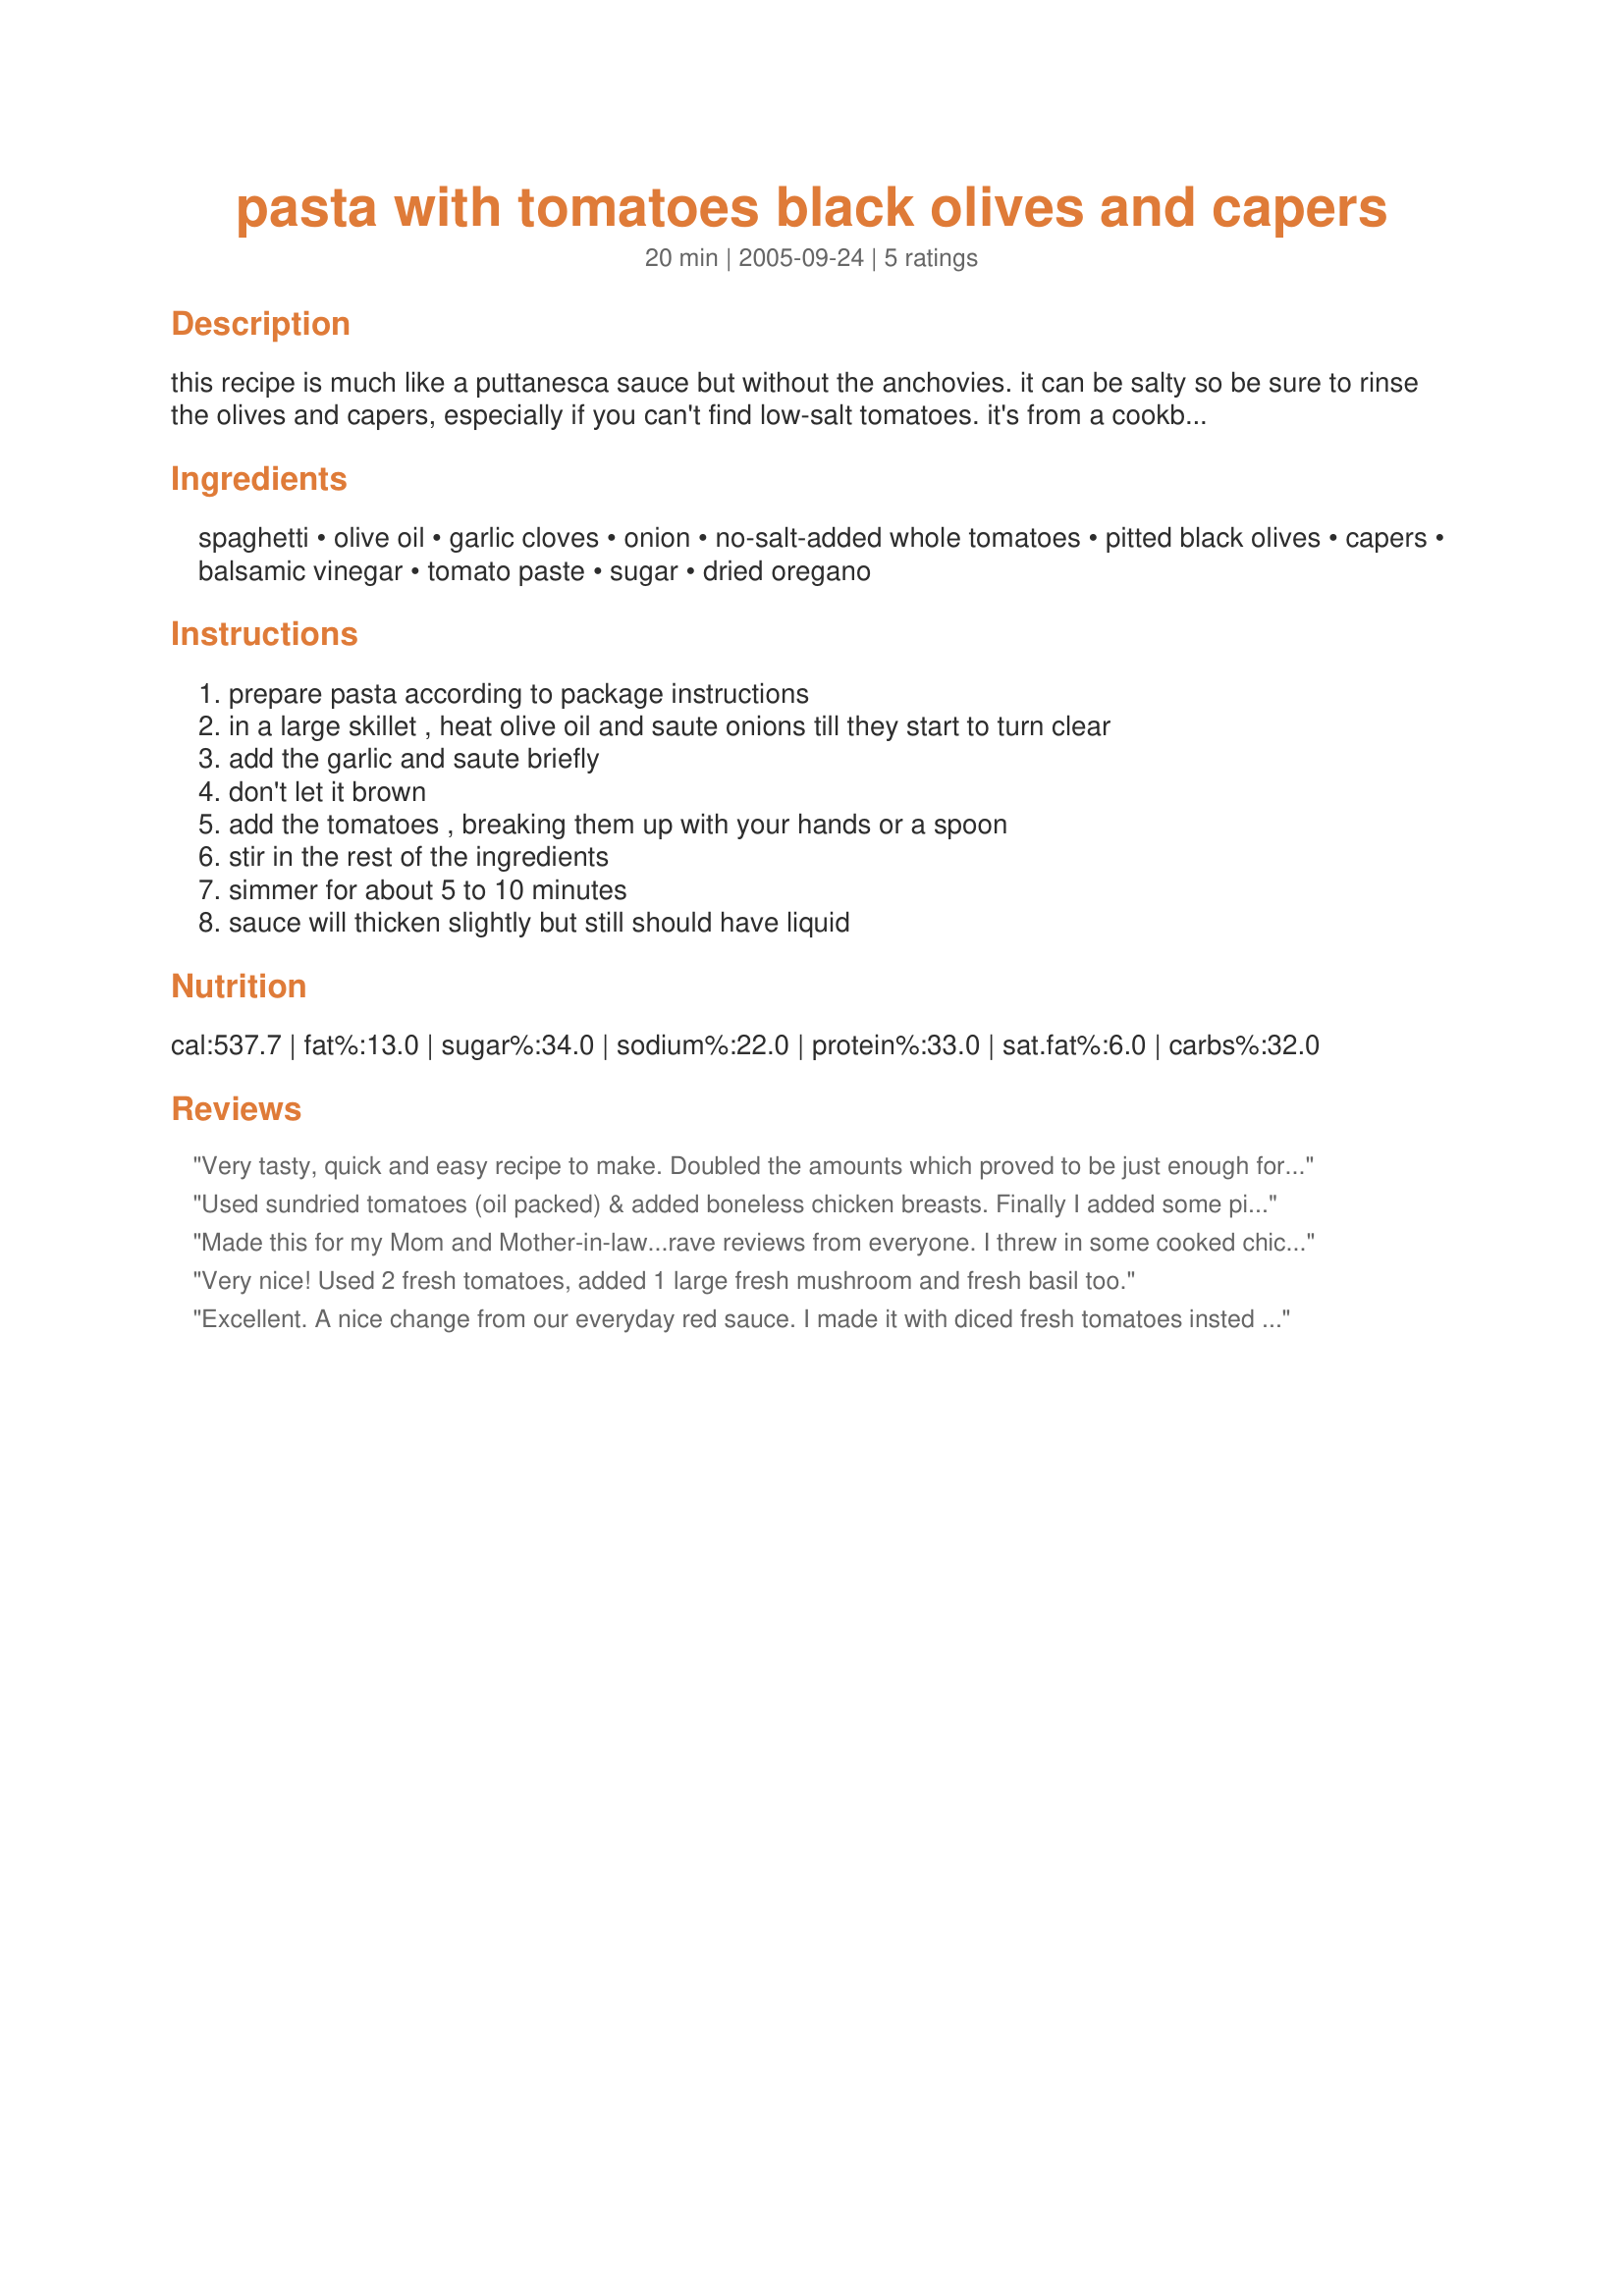
pasta with tomatoes black olives and capers
Preparation time: 20 minutes

this recipe is much like a puttanesca sauce but without the anchovies. it can be salty so be sure to rinse the olives and capers, especially if you can't find low-salt tomatoes. it's from a cookbook called "pasta light" which i've had for 15 years. i wanted to post it here to save it. my picky husband will eat this straight from the pan, before it even goes onto the pasta. best served with "strand" pasta like spaghetti or linguine, rather than shapes. the recipe doubles well - i often double and freeze half.

Ingredients:
spaghetti, olive oil, garlic cloves, onion, no-salt-added whole tomatoes, pitted black olives, capers, balsamic vinegar, tomato paste, sugar, dried oregano

Steps:
prepare pasta according to package instructions
in a large skillet , heat olive oil and saute onions till they start to turn clear
add the garlic and saute briefly
don't let it brown
add the tomatoes , breaking them up with your hands or a spoon
stir in the rest of the ingredients
simmer for about 5 to 10 minutes
sauce will thicken slightly but still should have liquid

Reviews:
Very tasty, quick and easy recipe to make. Doubled the amounts which proved to be just enough for four people. Great Recipe - Love it!
Used sundried tomatoes (oil packed) & added boneless chicken breasts. Finally I added some pine nuts. YUMMY!!
2nd time I added canned/jar artichoke hearts. yummy too.
Made this for my Mom and Mother-in-law...rave reviews from everyone. I threw in some cooked chicken to make it a bit hardier!
Very nice! Used 2 fresh tomatoes, added 1 large fresh mushroom and fresh basil too.
Excellent. A nice change from our everyday red sauce. I made it with diced fresh tomatoes insted of canned, and it worked well.
